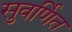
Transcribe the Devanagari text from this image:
सुवर्णित